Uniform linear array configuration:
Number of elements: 8
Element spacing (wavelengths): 0.5
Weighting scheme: binomial
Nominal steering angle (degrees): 15
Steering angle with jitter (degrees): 13.417
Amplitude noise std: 0.05
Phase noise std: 0.05

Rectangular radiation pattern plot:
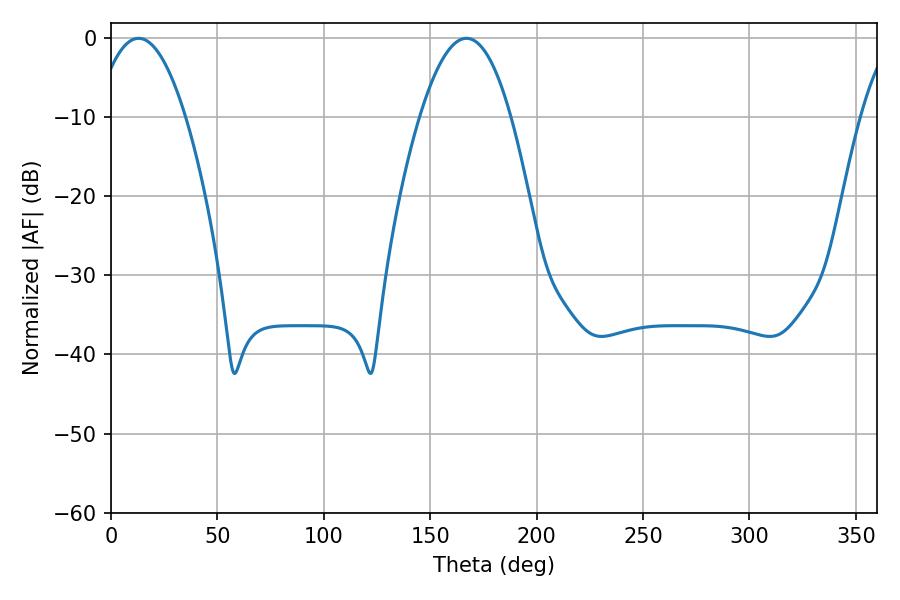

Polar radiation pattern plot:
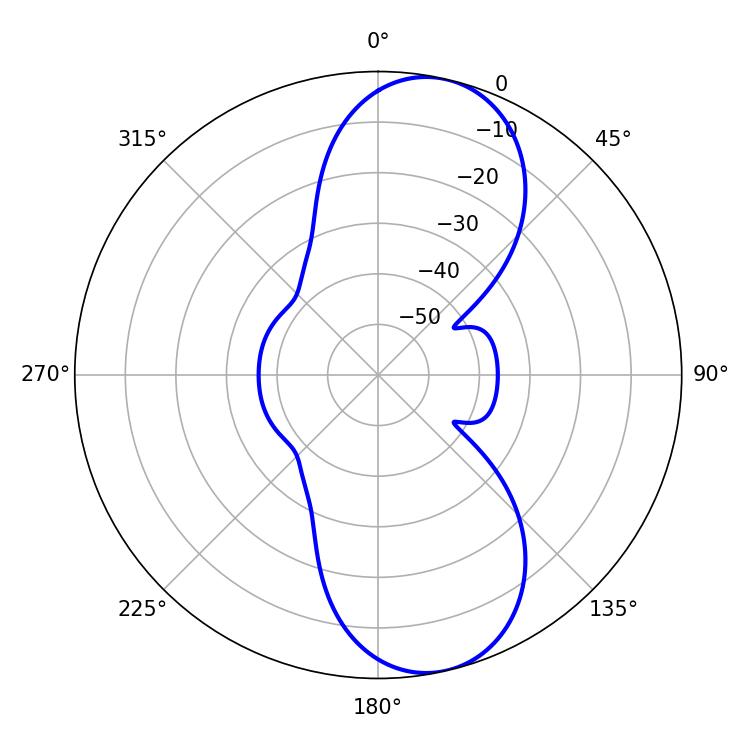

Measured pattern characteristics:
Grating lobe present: FALSE
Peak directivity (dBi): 10.019
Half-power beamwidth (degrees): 23.4
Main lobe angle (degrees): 12.96